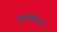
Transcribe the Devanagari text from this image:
सीधेनिपटने